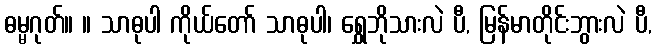
ဓမ္မဂုတ်။ ။ သာဓုပါ ကိုယ်တော် သာဓုပါ၊ ရွှေဘိုသားလဲ ပီ, မြန်မာတိုင်းဘွားလဲ ပီ,